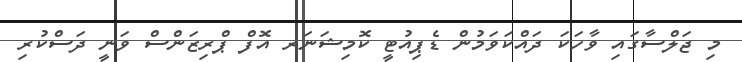
މި ޖަލްސާގައި ވާހަކަ ދައްކަވަމުން ޑެޕިއުޓީ ކޮމިޝަނަރ އޮފް ޕްރިޒަންސް ވަނީ ދަސްކުރި